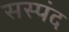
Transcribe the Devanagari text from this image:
सस्पंद